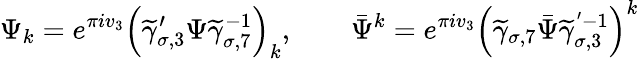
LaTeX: \Psi_{k}=e^{\pi iv_{3}}\left(\widetilde{\gamma}_{\sigma,3}^{\prime}\Psi\widetilde{\gamma}_{\sigma,7}^{-1}\right)_{k},\quad\quad\bar{\Psi}^{k}=e^{\pi iv_{3}}\left(\widetilde{\gamma}_{\sigma,7}\bar{\Psi}\widetilde{\gamma}_{\sigma,3}^{'-1}\right)^{k}